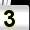
Digit: 3